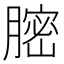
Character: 𦟽